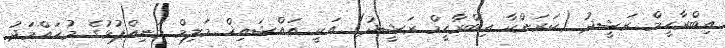
އިބްރާހީމް ރަޝީދު (ކަރަންކާ އިބްރާހީމް ރަޝީދު) އަކީ އައްޝައިޚް މަލިމް މަނިއްޕުޅުގެ މުޙައްމަދު